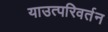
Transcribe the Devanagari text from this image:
याउत्परिवर्तन